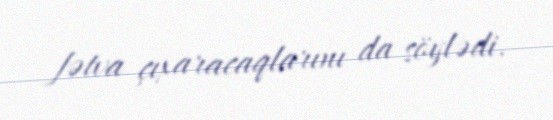
fətva çıxaracaqlarını da söylədi.